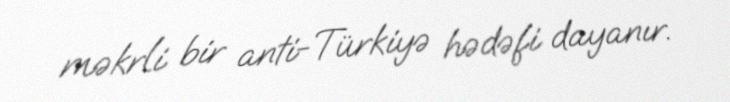
məkrli bir anti-Türkiyə hədəfi dayanır.